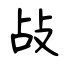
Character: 敁